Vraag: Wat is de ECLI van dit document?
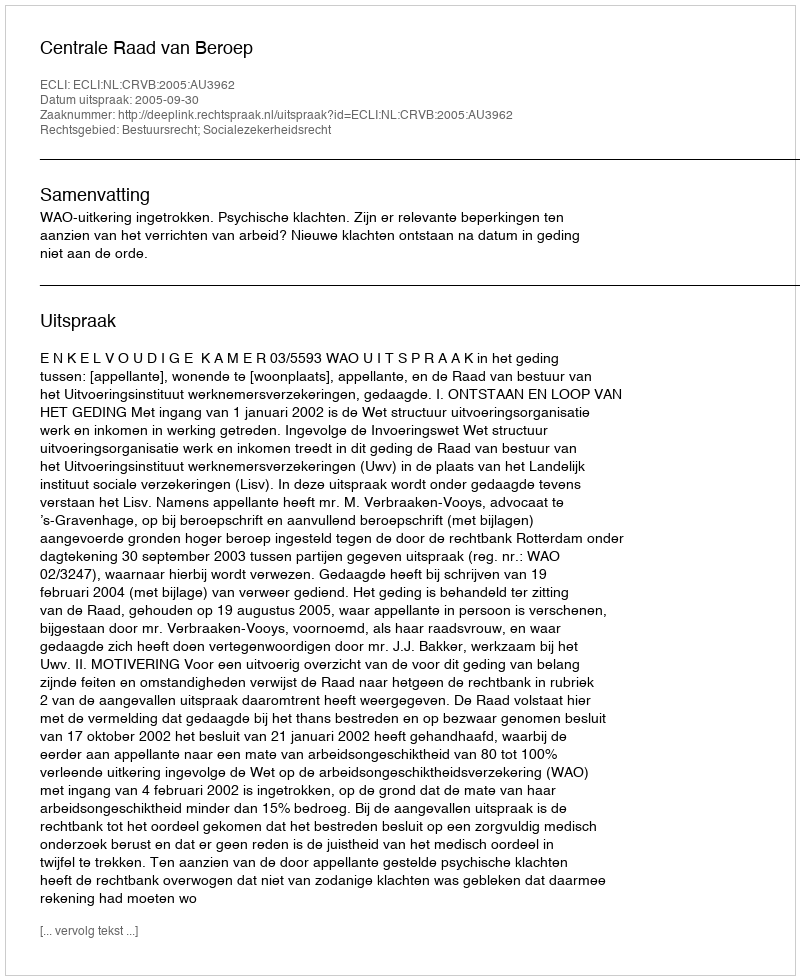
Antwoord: ECLI:NL:CRVB:2005:AU3962